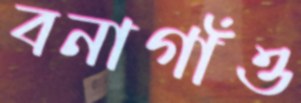
বনাগাঁও